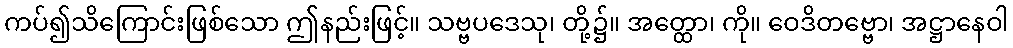
ကပ်၍သိကြောင်းဖြစ်သော ဤနည်းဖြင့်။ သဗ္ဗပဒေသု၊ တို့၌။ အတ္ထော၊ ကို။ ဝေဒိတဗ္ဗော၊ အဋ္ဌာနေဝါ